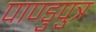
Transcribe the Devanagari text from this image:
पाण्डुपुत्र